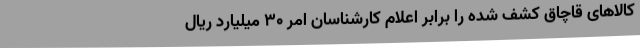
کالاهای قاچاق کشف شده را برابر اعلام کارشناسان امر ۳۰ میلیارد ریال